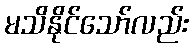
မသိနိုင်သော်လည်း